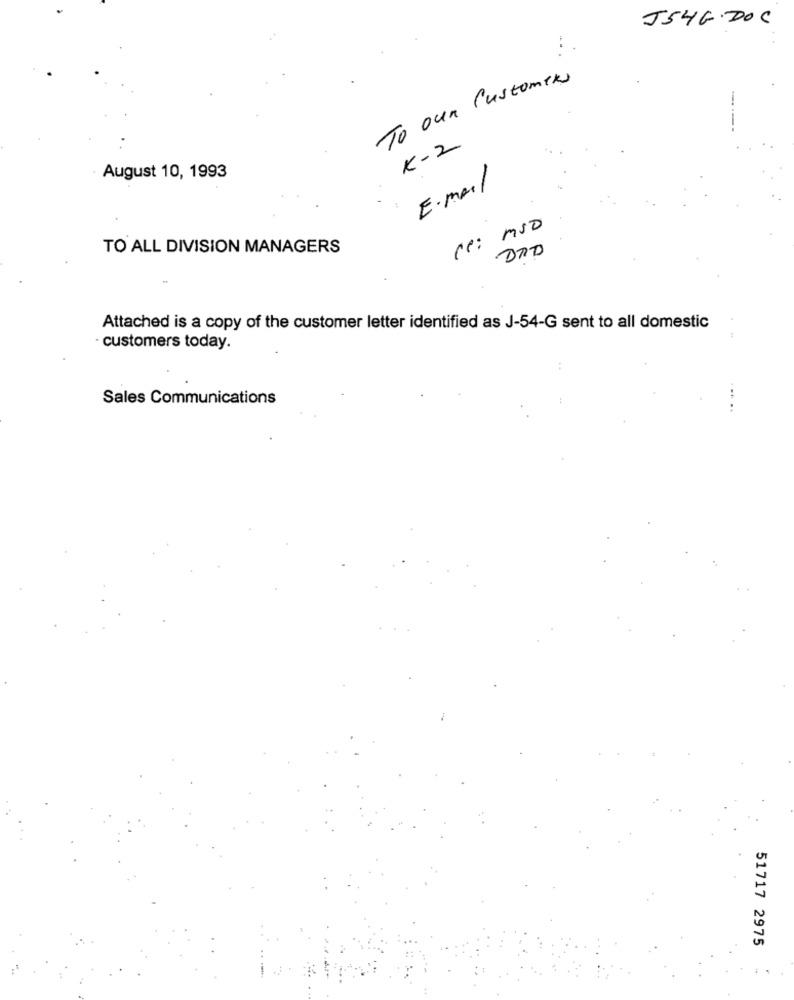
J54G.DOC
To our Customers
-.
K-2
August 10, 1993
E-mail
ce: mso
TO ALL DIVISION MANAGERS
DAD
Attached is a copy of the customer letter identified as J-54-G sent to all domestic
customers today.
Sales Communications
... ..
51717 2975